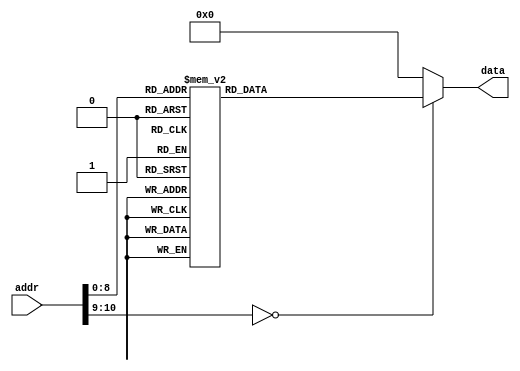
`timescale 1ns / 1ps

module font_rom_caracteres
(
    input wire [10:0] addr,
    output reg [15:0] data = 16'd0
);

always @ * begin
    data = 16'd0;
    case (addr)
	 //code x00
      11'h0: data = 16'b0000000000000000;
      11'h1: data = 16'b0000000000000000;
      11'h2: data = 16'b0000000000000000;
      11'h3: data = 16'b0000000000000000;
      11'h4: data =  16'b0000000000000000;
      11'h5: data =  16'b0000000000000000;
      11'h6: data =  16'b0000000000000000;
      11'h7: data =  16'b0000000000000000;
      11'h8: data =  16'b0000000000000000;
      11'h9: data =  16'b0000011111110000;
      11'ha: data =  16'b0000111111111100;
      11'hb: data =  16'b0001111111111110;
      11'hc: data =  16'b0011111111111110;
      11'hd: data =  16'b0111111111111111;
      11'he: data =  16'b0111111100111111;
      11'hf: data =  16'b0111111000011111;
      11'h10: data = 16'b0111111000011111;
      11'h11: data = 16'b0111111000011111;
      11'h12: data = 16'b0111111100111111;
      11'h13: data = 16'b0111111111111111;
      11'h14: data = 16'b0011111111111110;
      11'h15: data = 16'b0001111111111110;
      11'h16: data = 16'b0000111111111100;
      11'h17: data = 16'b0000011111110000;
      11'h18: data = 16'b0000000000000000;
      11'h19: data = 16'b0000000000000000;
      11'h1a: data = 16'b0000000000000000;
      11'h1b: data = 16'b0000000000000000;
      11'h1c: data = 16'b0000000000000000;
      11'h1d: data = 16'b0000000000000000;
      11'h1e: data = 16'b0000000000000000;
      11'h1f: data = 16'b0000000000000000;
		
		//code x01
      11'h20: data = 16'b0000000000000000;
      11'h21: data = 16'b0000000000000000;
      11'h22: data = 16'b0000000000000000;
      11'h23: data = 16'b0000000000000000;
      11'h24: data = 16'b0000000000000000;
      11'h25: data = 16'b0000000000000000;
      11'h26: data = 16'b0000000000000000;
      11'h27: data = 16'b0000000000000000;
      11'h28: data = 16'b0000000000000000;
      11'h29: data = 16'b0000000111100000;
      11'h2a: data = 16'b0000001111100000;
      11'h2b: data = 16'b0000111111100000;
      11'h2c: data = 16'b0000111111100000;
      11'h2d: data = 16'b0000111111100000;
      11'h2e: data = 16'b0000111111100000;
      11'h2f: data = 16'b0000111111100000;
      11'h30: data = 16'b0000001111100000;
      11'h31: data = 16'b0000001111100000;
      11'h32: data = 16'b0000001111100000;
      11'h33: data = 16'b0000001111100000;
      11'h34: data = 16'b0000001111100000;
      11'h35: data = 16'b0000001111100000;
      11'h36: data = 16'b0000001111100000;
      11'h37: data = 16'b0000001111100000;
      11'h38: data = 16'b0000000000000000;
      11'h39: data = 16'b0000000000000000;
      11'h3a: data = 16'b0000000000000000;
      11'h3b: data = 16'b0000000000000000;
      11'h3c: data = 16'b0000000000000000;
      11'h3d: data = 16'b0000000000000000;
      11'h3e: data = 16'b0000000000000000;
      11'h3f: data = 16'b0000000000000000;
		
		//code x02
		11'h40: data = 16'b0000000000000000;
      11'h41: data = 16'b0000000000000000;
      11'h42: data = 16'b0000000000000000;
      11'h43: data = 16'b0000000000000000;
      11'h44: data = 16'b0000000000000000;
      11'h45: data = 16'b0000000000000000;
      11'h46: data = 16'b0000000000000000;
      11'h47: data = 16'b0000000000000000;
      11'h48: data = 16'b0000000000000000;
      11'h49: data = 16'b0000111111110000;
      11'h4a: data = 16'b0011111111111000;
      11'h4b: data = 16'b0011111111111100;
      11'h4c: data = 16'b0011111111111100;
      11'h4d: data = 16'b0011110011111100;
      11'h4e: data = 16'b0000000001111100;
      11'h4f: data = 16'b0000000001111100;
      11'h50: data = 16'b0000000011111000;
      11'h51: data = 16'b0000000111110000;
      11'h52: data = 16'b0000001111100000;
      11'h53: data = 16'b0000111111000000;
      11'h54: data = 16'b0011111111111110;
      11'h55: data = 16'b0011111111111110;
      11'h56: data = 16'b0011111111111110;
      11'h57: data = 16'b0011111111111110;
      11'h58: data = 16'b0000000000000000;
      11'h59: data = 16'b0000000000000000;
      11'h5a: data = 16'b0000000000000000;
      11'h5b: data = 16'b0000000000000000;
      11'h5c: data = 16'b0000000000000000;
      11'h5d: data = 16'b0000000000000000;
      11'h5e: data = 16'b0000000000000000;
      11'h5f: data = 16'b0000000000000000;
		
		//code x03
		11'h60: data = 16'b0000000000000000;
      11'h61: data = 16'b0000000000000000;
      11'h62: data = 16'b0000000000000000;
      11'h63: data = 16'b0000000000000000;
      11'h64: data = 16'b0000000000000000;
      11'h65: data = 16'b0000000000000000;
      11'h66: data = 16'b0000000000000000;
      11'h67: data = 16'b0000000000000000;
      11'h68: data = 16'b0000000000000000;
      11'h69: data = 16'b0001111111110000;
      11'h6a: data = 16'b0001111111111000;
      11'h6b: data = 16'b0001111111111000;
      11'h6c: data = 16'b0001111111111000;
      11'h6d: data = 16'b0000000111111000;
      11'h6e: data = 16'b0000111111111000;
      11'h6f: data = 16'b0000111111110000;
      11'h70: data = 16'b0000111111111000;
      11'h71: data = 16'b0000000011111100;
      11'h72: data = 16'b0000000011111100;
      11'h73: data = 16'b0001110011111100;
      11'h74: data = 16'b0011111111111100;
      11'h75: data = 16'b0011111111111100;
      11'h76: data = 16'b0011111111111000;
      11'h77: data = 16'b0001111111110000;
      11'h78: data = 16'b0000000000000000;
      11'h79: data = 16'b0000000000000000;
      11'h7a: data = 16'b0000000000000000;
      11'h7b: data = 16'b0000000000000000;
      11'h7c: data = 16'b0000000000000000;
      11'h7d: data = 16'b0000000000000000;
      11'h7e: data = 16'b0000000000000000;
      11'h7f: data = 16'b0000000000000000;
		
		//code x04
		11'h80: data = 16'b0000000000000000;
      11'h81: data = 16'b0000000000000000;
      11'h82: data = 16'b0000000000000000;
      11'h83: data = 16'b0000000000000000;
      11'h84: data = 16'b0000000000000000;
      11'h85: data = 16'b0000000000000000;
      11'h86: data = 16'b0000000000000000;
      11'h87: data = 16'b0000000000000000;
      11'h88: data = 16'b0000000000000000;
      11'h89: data = 16'b0000000111111000;
      11'h8a: data = 16'b0000001111111000;
      11'h8b: data = 16'b0000001111111000;
      11'h8c: data = 16'b0000011111111000;
      11'h8d: data = 16'b0000111111111000;
      11'h8e: data = 16'b0000111111111000;
      11'h8f: data = 16'b0001111011111000;
      11'h90: data = 16'b0011111011111000;
      11'h91: data = 16'b0111110011111000;
      11'h92: data = 16'b0111111111111100;
      11'h93: data = 16'b0111111111111100;
      11'h94: data = 16'b0111111111111100;
      11'h95: data = 16'b0000000111111000;
      11'h96: data = 16'b0000000111111000;
      11'h97: data = 16'b0000000111111000;
      11'h98: data = 16'b0000000000000000;
      11'h99: data = 16'b0000000000000000;
      11'h9a: data = 16'b0000000000000000;
      11'h9b: data = 16'b0000000000000000;
      11'h9c: data = 16'b0000000000000000;
      11'h9d: data = 16'b0000000000000000;
      11'h9e: data = 16'b0000000000000000;
      11'h9f: data = 16'b0000000000000000;
		
		//code x05
		11'ha0: data = 16'b0000000000000000;
      11'ha1: data = 16'b0000000000000000;
      11'ha2: data = 16'b0000000000000000;
      11'ha3: data = 16'b0000000000000000;
      11'ha4: data = 16'b0000000000000000;
      11'ha5: data = 16'b0000000000000000;
      11'ha6: data = 16'b0000000000000000;
      11'ha7: data = 16'b0000000000000000;
      11'ha8: data = 16'b0000000000000000;
      11'ha9: data = 16'b0001111111111000;
      11'haa: data = 16'b0001111111111000;
      11'hab: data = 16'b0001111111111000;
      11'hac: data = 16'b0001111111110000;
      11'had: data = 16'b0001111000000000;
      11'hae: data = 16'b0001111111110000;
      11'haf: data = 16'b0001111111111000;
      11'hb0: data = 16'b0001111111111100;
      11'hb1: data = 16'b0000000011111100;
      11'hb2: data = 16'b0000000001111100;
      11'hb3: data = 16'b0000000011111100;
      11'hb4: data = 16'b0011111111111100;
      11'hb5: data = 16'b0011111111111100;
      11'hb6: data = 16'b0011111111111000;
      11'hb7: data = 16'b0011111111110000;
      11'hb8: data = 16'b0000000000000000;
      11'hb9: data = 16'b0000000000000000;
      11'hba: data = 16'b0000000000000000;
      11'hbb: data = 16'b0000000000000000;
      11'hbc: data = 16'b0000000000000000;
      11'hbd: data = 16'b0000000000000000;
      11'hbe: data = 16'b0000000000000000;
      11'hbf: data = 16'b0000000000000000;
		
		//code x06
		11'hc0: data = 16'b0000000000000000;
      11'hc1: data = 16'b0000000000000000;
      11'hc2: data = 16'b0000000000000000;
      11'hc3: data = 16'b0000000000000000;
      11'hc4: data = 16'b0000000000000000;
      11'hc5: data = 16'b0000000000000000;
      11'hc6: data = 16'b0000000000000000;
      11'hc7: data = 16'b0000000000000000;
      11'hc8: data = 16'b0000000000000000;
      11'hca: data = 16'b0000111111111100;
      11'hcb: data = 16'b0011111111111110;
      11'hcc: data = 16'b0011111111111110;
      11'hcd: data = 16'b0011111100000000;
      11'hce: data = 16'b0011111011111000;
      11'hcf: data = 16'b0011111111111100;
      11'hd0: data = 16'b0011111111111100;
      11'hd1: data = 16'b0011111001111110;
      11'hd2: data = 16'b0011111000111110;
      11'hd3: data = 16'b0011111001111110;
      11'hd4: data = 16'b0011111111111110;
      11'hd5: data = 16'b0011111111111110;
      11'hd6: data = 16'b0011111111111110;
      11'hd7: data = 16'b0001111111111100;
      11'hd8: data = 16'b0000000000000000;
      11'hd9: data = 16'b0000000000000000;
      11'hda: data = 16'b0000000000000000;
      11'hdb: data = 16'b0000000000000000;
      11'hdc: data = 16'b0000000000000000;
      11'hdd: data = 16'b0000000000000000;
      11'hde: data = 16'b0000000000000000;
      11'hdf: data = 16'b0000000000000000;
		
		//code x07
		11'he0: data = 16'b0000000000000000;
      11'he1: data = 16'b0000000000000000;
      11'he2: data = 16'b0000000000000000;
      11'he3: data = 16'b0000000000000000;
      11'he4: data = 16'b0000000000000000;
      11'he5: data = 16'b0000000000000000;
      11'he6: data = 16'b0000000000000000;
      11'he7: data = 16'b0000000000000000;
      11'he8: data = 16'b0000000000000000;
      11'he9: data = 16'b0011111111111100;
      11'hea: data = 16'b0011111111111100;
      11'heb: data = 16'b0011111111111100;
      11'hec: data = 16'b0011111111111100;
      11'hed: data = 16'b0000000111111000;
      11'hee: data = 16'b0000000111110000;
      11'hef: data = 16'b0000001111110000;
      11'hf0: data = 16'b0000001111100000;
      11'hf1: data = 16'b0000011111100000;
      11'hf2: data = 16'b0000011111000000;
      11'hf3: data = 16'b0000011111000000;
      11'hf4: data = 16'b0000111111000000;
      11'hf5: data = 16'b0000111111000000;
      11'hf6: data = 16'b0000111111000000;
      11'hf7: data = 16'b0000111111000000;
      11'hf8: data = 16'b0000000000000000;
      11'hf9: data = 16'b0000000000000000;
      11'hfa: data = 16'b0000000000000000;
      11'hfb: data = 16'b0000000000000000;
      11'hfc: data = 16'b0000000000000000;
      11'hfd: data = 16'b0000000000000000;
      11'hfe: data = 16'b0000000000000000;
      11'hff: data = 16'b0000000000000000;
		
		//code x08
		11'h100: data = 16'b0000000000000000;
      11'h101: data = 16'b0000000000000000;
      11'h102: data = 16'b0000000000000000;
      11'h103: data = 16'b0000000000000000;
      11'h104: data = 16'b0000000000000000;
      11'h105: data = 16'b0000000000000000;
      11'h106: data = 16'b0000000000000000;
      11'h107: data = 16'b0000000000000000;
      11'h108: data = 16'b0000000000000000;
      11'h109: data = 16'b0000111111110000;
      11'h10a: data = 16'b0001111111111000;
      11'h10b: data = 16'b0001111111111100;
      11'h10c: data = 16'b0011111001111100;
      11'h10d: data = 16'b0011111000111100;
      11'h10e: data = 16'b0011111100111100;
      11'h10f: data = 16'b0001111111111000;
      11'h110: data = 16'b0001111111111000;
      11'h111: data = 16'b0001111111111100;
      11'h112: data = 16'b0011110011111100;
      11'h113: data = 16'b0011110000111100;
      11'h114: data = 16'b0011111001111100;
      11'h115: data = 16'b0011111111111100;
      11'h116: data = 16'b0001111111111000;
      11'h117: data = 16'b0000111111110000;
      11'h118: data = 16'b0000000000000000;
      11'h119: data = 16'b0000000000000000;
      11'h11a: data = 16'b0000000000000000;
      11'h11b: data = 16'b0000000000000000;
      11'h11c: data = 16'b0000000000000000;
      11'h11d: data = 16'b0000000000000000;
      11'h11e: data = 16'b0000000000000000;
      11'h11f: data = 16'b0000000000000000;
		
		//code x09
		11'h120: data = 16'b0000000000000000;
      11'h121: data = 16'b0000000000000000;
      11'h122: data = 16'b0000000000000000;
      11'h123: data = 16'b0000000000000000;
      11'h124: data = 16'b0000000000000000;
      11'h125: data = 16'b0000000000000000;
      11'h126: data = 16'b0000000000000000;
      11'h127: data = 16'b0000000000000000;
      11'h128: data = 16'b0000000000000000;
      11'h129: data = 16'b0000111111110000;
      11'h12a: data = 16'b0001111111111000;
      11'h12b: data = 16'b0011111111111100;
      11'h12c: data = 16'b0111111111111100;
      11'h12d: data = 16'b0111110001111110;
      11'h12e: data = 16'b0111100000111111;
      11'h12f: data = 16'b0111110001111111;
      11'h130: data = 16'b0011111111111110;
      11'h131: data = 16'b0011111111111100;
      11'h132: data = 16'b0001111111111100;
      11'h133: data = 16'b0000111111111100;
      11'h134: data = 16'b0000011111111000;
      11'h135: data = 16'b0011111111110000;
      11'h136: data = 16'b0011111111100000;
      11'h137: data = 16'b0001111110000000;
      11'h138: data = 16'b0000000000000000;
      11'h139: data = 16'b0000000000000000;
      11'h13a: data = 16'b0000000000000000;
      11'h13b: data = 16'b0000000000000000;
      11'h13c: data = 16'b0000000000000000;
      11'h13d: data = 16'b0000000000000000;
      11'h13e: data = 16'b0000000000000000;
      11'h13f: data = 16'b0000000000000000;
		
		//code x10
		11'h140: data = 16'b0000000000000000;
      11'h141: data = 16'b0000000000000000;
      11'h142: data = 16'b0000000000000000;
      11'h143: data = 16'b0000000000000000;
      11'h144: data = 16'b0000000000000000;
      11'h145: data = 16'b0000000000000000;
      11'h146: data = 16'b0000000000000000;
      11'h147: data = 16'b0000000000000000;
      11'h148: data = 16'b0000000000000000;
      11'h149: data = 16'b0000000000000000;
      11'h14a: data = 16'b0000000000000000;
      11'h14b: data = 16'b0000001111000000;
      11'h14c: data = 16'b0000001111100000;
      11'h14d: data = 16'b0000011111100000;
      11'h14e: data = 16'b0000001111100000;
      11'h14f: data = 16'b0000001111000000;
      11'h150: data = 16'b0000000000000000;
      11'h151: data = 16'b0000001111000000;
      11'h152: data = 16'b0000001111100000;
      11'h153: data = 16'b0000011111100000;
      11'h154: data = 16'b0000001111100000;
      11'h155: data = 16'b0000001111000000;
      11'h156: data = 16'b0000000000000000;
      11'h157: data = 16'b0000000000000000;
      11'h158: data = 16'b0000000000000000;
      11'h159: data = 16'b0000000000000000;
      11'h15a: data = 16'b0000000000000000;
      11'h15b: data = 16'b0000000000000000;
      11'h15c: data = 16'b0000000000000000;
      11'h15d: data = 16'b0000000000000000;
      11'h15e: data = 16'b0000000000000000;
      11'h15f: data = 16'b0000000000000000;
		
		//code x11
		11'h160: data = 16'b0000000000000000;
      11'h161: data = 16'b0000000000000000;
      11'h162: data = 16'b0000000000000000;
      11'h163: data = 16'b0000000000000000;
      11'h164: data = 16'b0000000000000000;
      11'h165: data = 16'b0000000000000000;
      11'h166: data = 16'b0000000000000000;
      11'h167: data = 16'b0000000000000000;
		11'h168: data = 16'b0000000000000000;
      11'h169: data = 16'b0000000000000000;
      11'h16a: data = 16'b0000000000000000;
      11'h16b: data = 16'b0000000000000000;
      11'h16c: data = 16'b0000000000000000;
      11'h16d: data = 16'b0000000000000000;
      11'h16e: data = 16'b0000000000000000;
      11'h16f: data = 16'b0000000000000000;
		11'h170: data = 16'b0000000000000000;
      11'h171: data = 16'b0000000000000000;
      11'h172: data = 16'b0000000000000000;
      11'h173: data = 16'b0000000000000000;
      11'h174: data = 16'b0000000000000000;
      11'h175: data = 16'b0000000000000000;
      11'h176: data = 16'b0000000000000000;
      11'h177: data = 16'b0000000000000000;
		11'h178: data = 16'b0000000000000000;
      11'h179: data = 16'b0000000000000000;
		11'h17a: data = 16'b0000000000000000;
      11'h17b: data = 16'b0000000000000000;
      11'h17c: data = 16'b0000000000000000;
      11'h17d: data = 16'b0000000000000000;
      11'h17e: data = 16'b0000000000000000;
      11'h17f: data = 16'b0000000000000000;
		
		endcase
end

endmodule